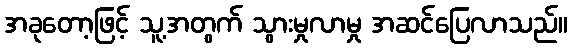
အခုတော့ဖြင့် သူ့အတွက် သွားမှုလာမှု အဆင်ပြေလာသည်။